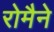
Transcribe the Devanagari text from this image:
रोमैने